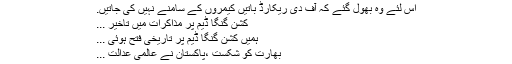
اس لئے وہ بھول گئے کہ آف دی ریکارڈ باتیں کیمروں کے سامنے نہیں کی جاتیں.
کشن گنگا ڈیم پر مذاکرات میں تاخیر ...
ہمیں کشن گنگا ڈیم پر تاریخی فتح ہوئی ...
بھارت کو شکست ،پاکستان نے عالمی عدالت ...